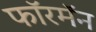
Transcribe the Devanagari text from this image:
फॉरमॅन